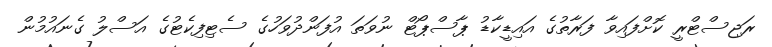
ރަޖިސްޓްރީ ކޮށްފައިވާ ފަރާތުގެ އައިޑީކާޑު ޕާސްޕޯޓް ނުވަތަ އުފަންދުވަހުގެ ސެޓިފިކެޓުގެ އަސްލު ގެނައުމުން